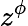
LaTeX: z^{\phi}